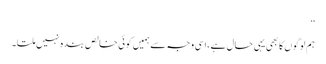
‘‘
ہم لوگوں کا بھی یہی حال ہے ،اسی وجہ سے ہمیں کوئی خالص بندہ نہیں ملتا۔